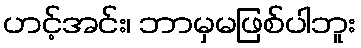
ဟင့်အင်း၊ ဘာမှမဖြစ်ပါဘူး